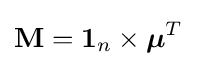
\mathbf {M} =\mathbf {1} _{n}\times {\boldsymbol {\mu }}^{T}